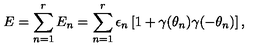
E = \sum _ { n = 1 } ^ { r } E _ { n } = \sum _ { n = 1 } ^ { r } \epsilon _ { n } \left[ 1 + \gamma ( \theta _ { n } ) \gamma ( - \theta _ { n } ) \right] ,